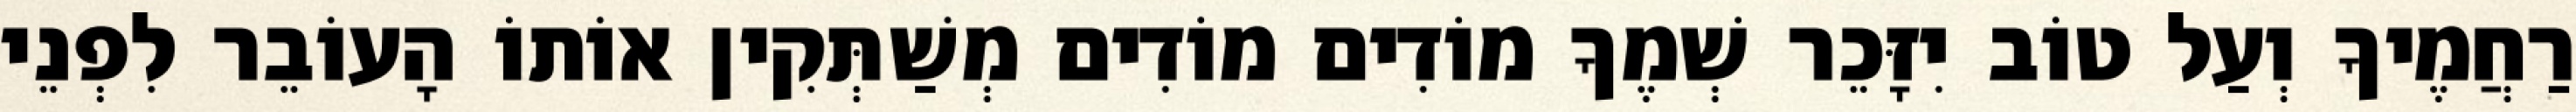
רַחֲמֶיךָ וְעַל טוֹב יִזָּכֵר שְׁמֶךָ מוֹדִים מוֹדִים מְשַׁתְּקִין אוֹתוֹ הָעוֹבֵר לִפְנֵי